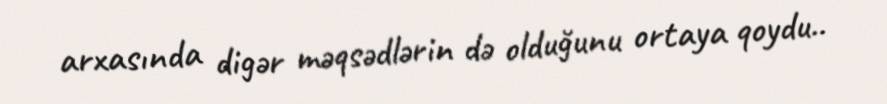
arxasında digər məqsədlərin də olduğunu ortaya qoydu..